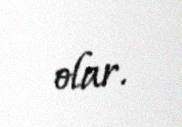
olar.